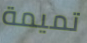
تميمة